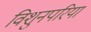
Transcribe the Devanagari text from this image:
विशुनपरिया